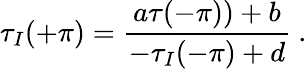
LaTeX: \tau_{I}(+\pi)=\frac{a\tau(-\pi))+b}{-\tau_{I}(-\pi)+d}~.